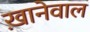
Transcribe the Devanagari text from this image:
ख़ानेवाल